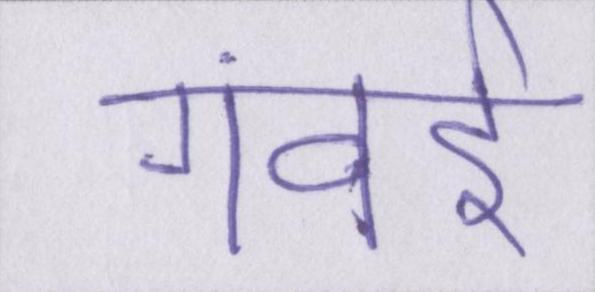
गंवई